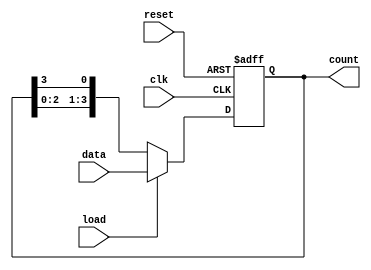
module LoadableRingCounter (
    input wire clk,          // Clock signal
    input wire reset,        // Reset signal
    input wire load,         // Load signal
    input wire [N-1:0] data, // Input data for loading
    output reg [N-1:0] count // Output count
);
    parameter N = 4;        // Number of flip-flops in the ring counter

    always @(posedge clk or posedge reset) begin
        if (reset) begin
            count <= {N{1'b0}}; // Reset all flip-flops to 0
        end else if (load) begin
            count <= data;      // Load the input data
        end else begin
            // Shift the counter
            count <= {count[N-2:0], count[N-1]}; // Rotate right
        end
    end
endmodule